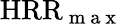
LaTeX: \mathrm{HRR}_{\mathrm{~m~a~x~}}